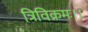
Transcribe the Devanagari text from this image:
त्रिविक्रमः।।